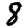
Digit: 8